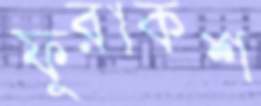
ফুরাকশ